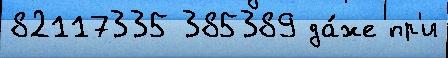
82117335 385389 да́же пр'и